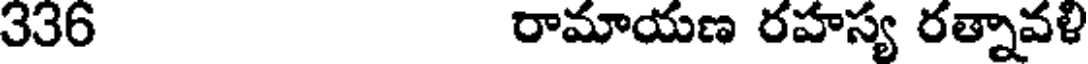
336 రామాయణ రహస్య రత్నావళి